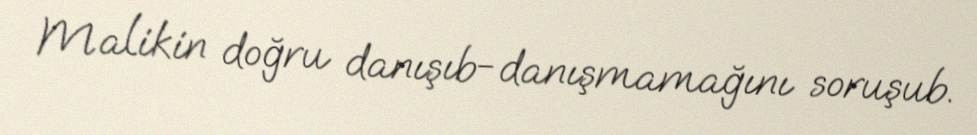
Malikin doğru danışıb-danışmamağını soruşub.